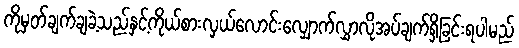
ကိုမှတ်ချက်ချခဲ့သည်နှင့်ကိုယ်စားလှယ်လောင်းလျှောက်လွှာလိုအပ်ချက်ရှိခြင်းရပါမည်